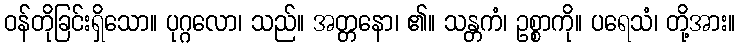
ဝန်တိုခြင်းရှိသော။ ပုဂ္ဂလော၊ သည်။ အတ္တနော၊ ၏။ သန္တကံ၊ ဥစ္စာကို။ ပရေသံ၊ တို့အား။